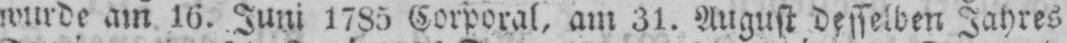
wurde am 16. Juni 1785 Corporal, am 31. August desselben Jahres